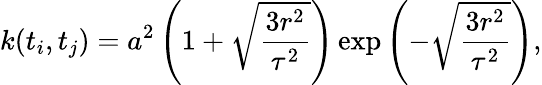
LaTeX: k(t_{i},t_{j})=a^{2}\left(1+\sqrt{\frac{3r^{2}}{\tau^{2}}}\right)\exp{\left(-\sqrt{\frac{3r^{2}}{\tau^{2}}}\right)},